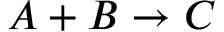
A + B \to C